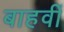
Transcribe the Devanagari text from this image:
बाहवीं